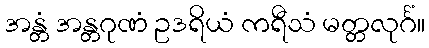
အန္တံ အန္တဂုဏံ ဥဒရိယံ ကရီသံ မတ္တလုင်္ဂံ။